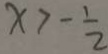
x > - \frac { 1 } { 2 }